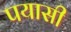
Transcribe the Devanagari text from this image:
पयासी